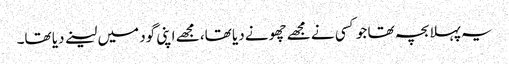
یہ پہلا بچہ تھا جو کسی نے مجھے چھونے دیا تھا، مجھے اپنی گود میں لینے دیا تھا۔